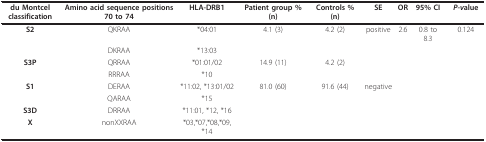
<table><thead><tr><td><b>du Montcel classification</b></td><td><b>Amino acid sequence positions 70 to 74</b></td><td><b>HLA-DRB1</b></td><td><b>Patient group % (n)</b></td><td><b>Controls % (n)</b></td><td><b>SE</b></td><td><b>OR</b></td><td><b>95% CI</b></td><td><b><i>P-v</i>alue</b></td></tr></thead><tbody><tr><td><b>S2</b></td><td>QKRAA</td><td>*04:01</td><td>4.1 (3)</td><td>4.2 (2)</td><td>positive</td><td>2.6</td><td>0.8 to 8.3</td><td>0.124</td></tr><tr><td></td><td>DKRAA</td><td>*13:03</td><td></td><td></td><td></td><td></td><td></td><td></td></tr><tr><td><b>S3P</b></td><td>QRRAA</td><td>*01:01/02</td><td>14.9 (11)</td><td>4.2 (2)</td><td></td><td></td><td></td><td></td></tr><tr><td></td><td>RRRAA</td><td>*10</td><td></td><td></td><td></td><td></td><td></td><td></td></tr><tr><td><b>S1</b></td><td>DERAA</td><td>*11:02, *13:01/02</td><td>81.0 (60)</td><td>91.6 (44)</td><td>negative</td><td></td><td></td><td></td></tr><tr><td></td><td>QARAA</td><td>*15</td><td></td><td></td><td></td><td></td><td></td><td></td></tr><tr><td><b>S3D</b></td><td>DRRAA</td><td>*11:01, *12, *16</td><td></td><td></td><td></td><td></td><td></td><td></td></tr><tr><td><b>X</b></td><td>nonXXRAA</td><td>*03,*07,*08,*09,*14</td><td></td><td></td><td></td><td></td><td></td><td></td></tr></tbody></table>